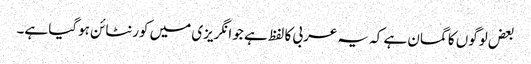
بعض لوگوں کا گمان ہے کہ یہ عربی کا لفظ ہے جو انگریزی میں کورنٹائن ہوگیا ہے۔